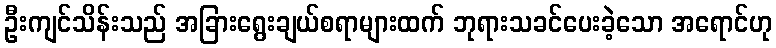
ဦးကျင်သိန်းသည် အခြားရွေးချယ်စရာများထက် ဘုရားသခင်ပေးခဲ့သော အရောင်ဟု